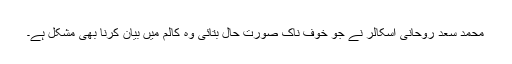
محمد سعد روحانی اسکالر نے جو خوف ناک صورت حال بتائی وہ کالم میں بیان کرنا بھی مشکل ہے۔